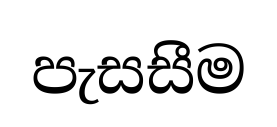
පැසසීම